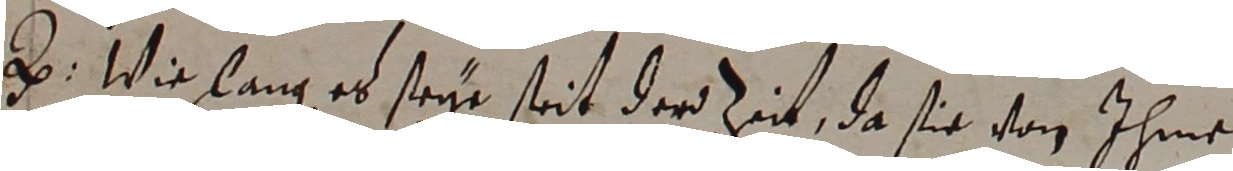
e. Wie lang es steye seit der zeit, da sie von ihme